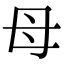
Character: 母